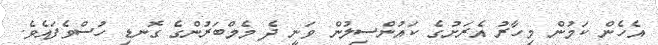
އެހެން ކަމުން މިހާރު އެރަށުގެ ކައުންސިލުން ވަނީ ދެ މެމްބަރުންގެ ގޮނޑި ހުސްވެފައެވެ.